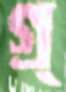
গ্র্